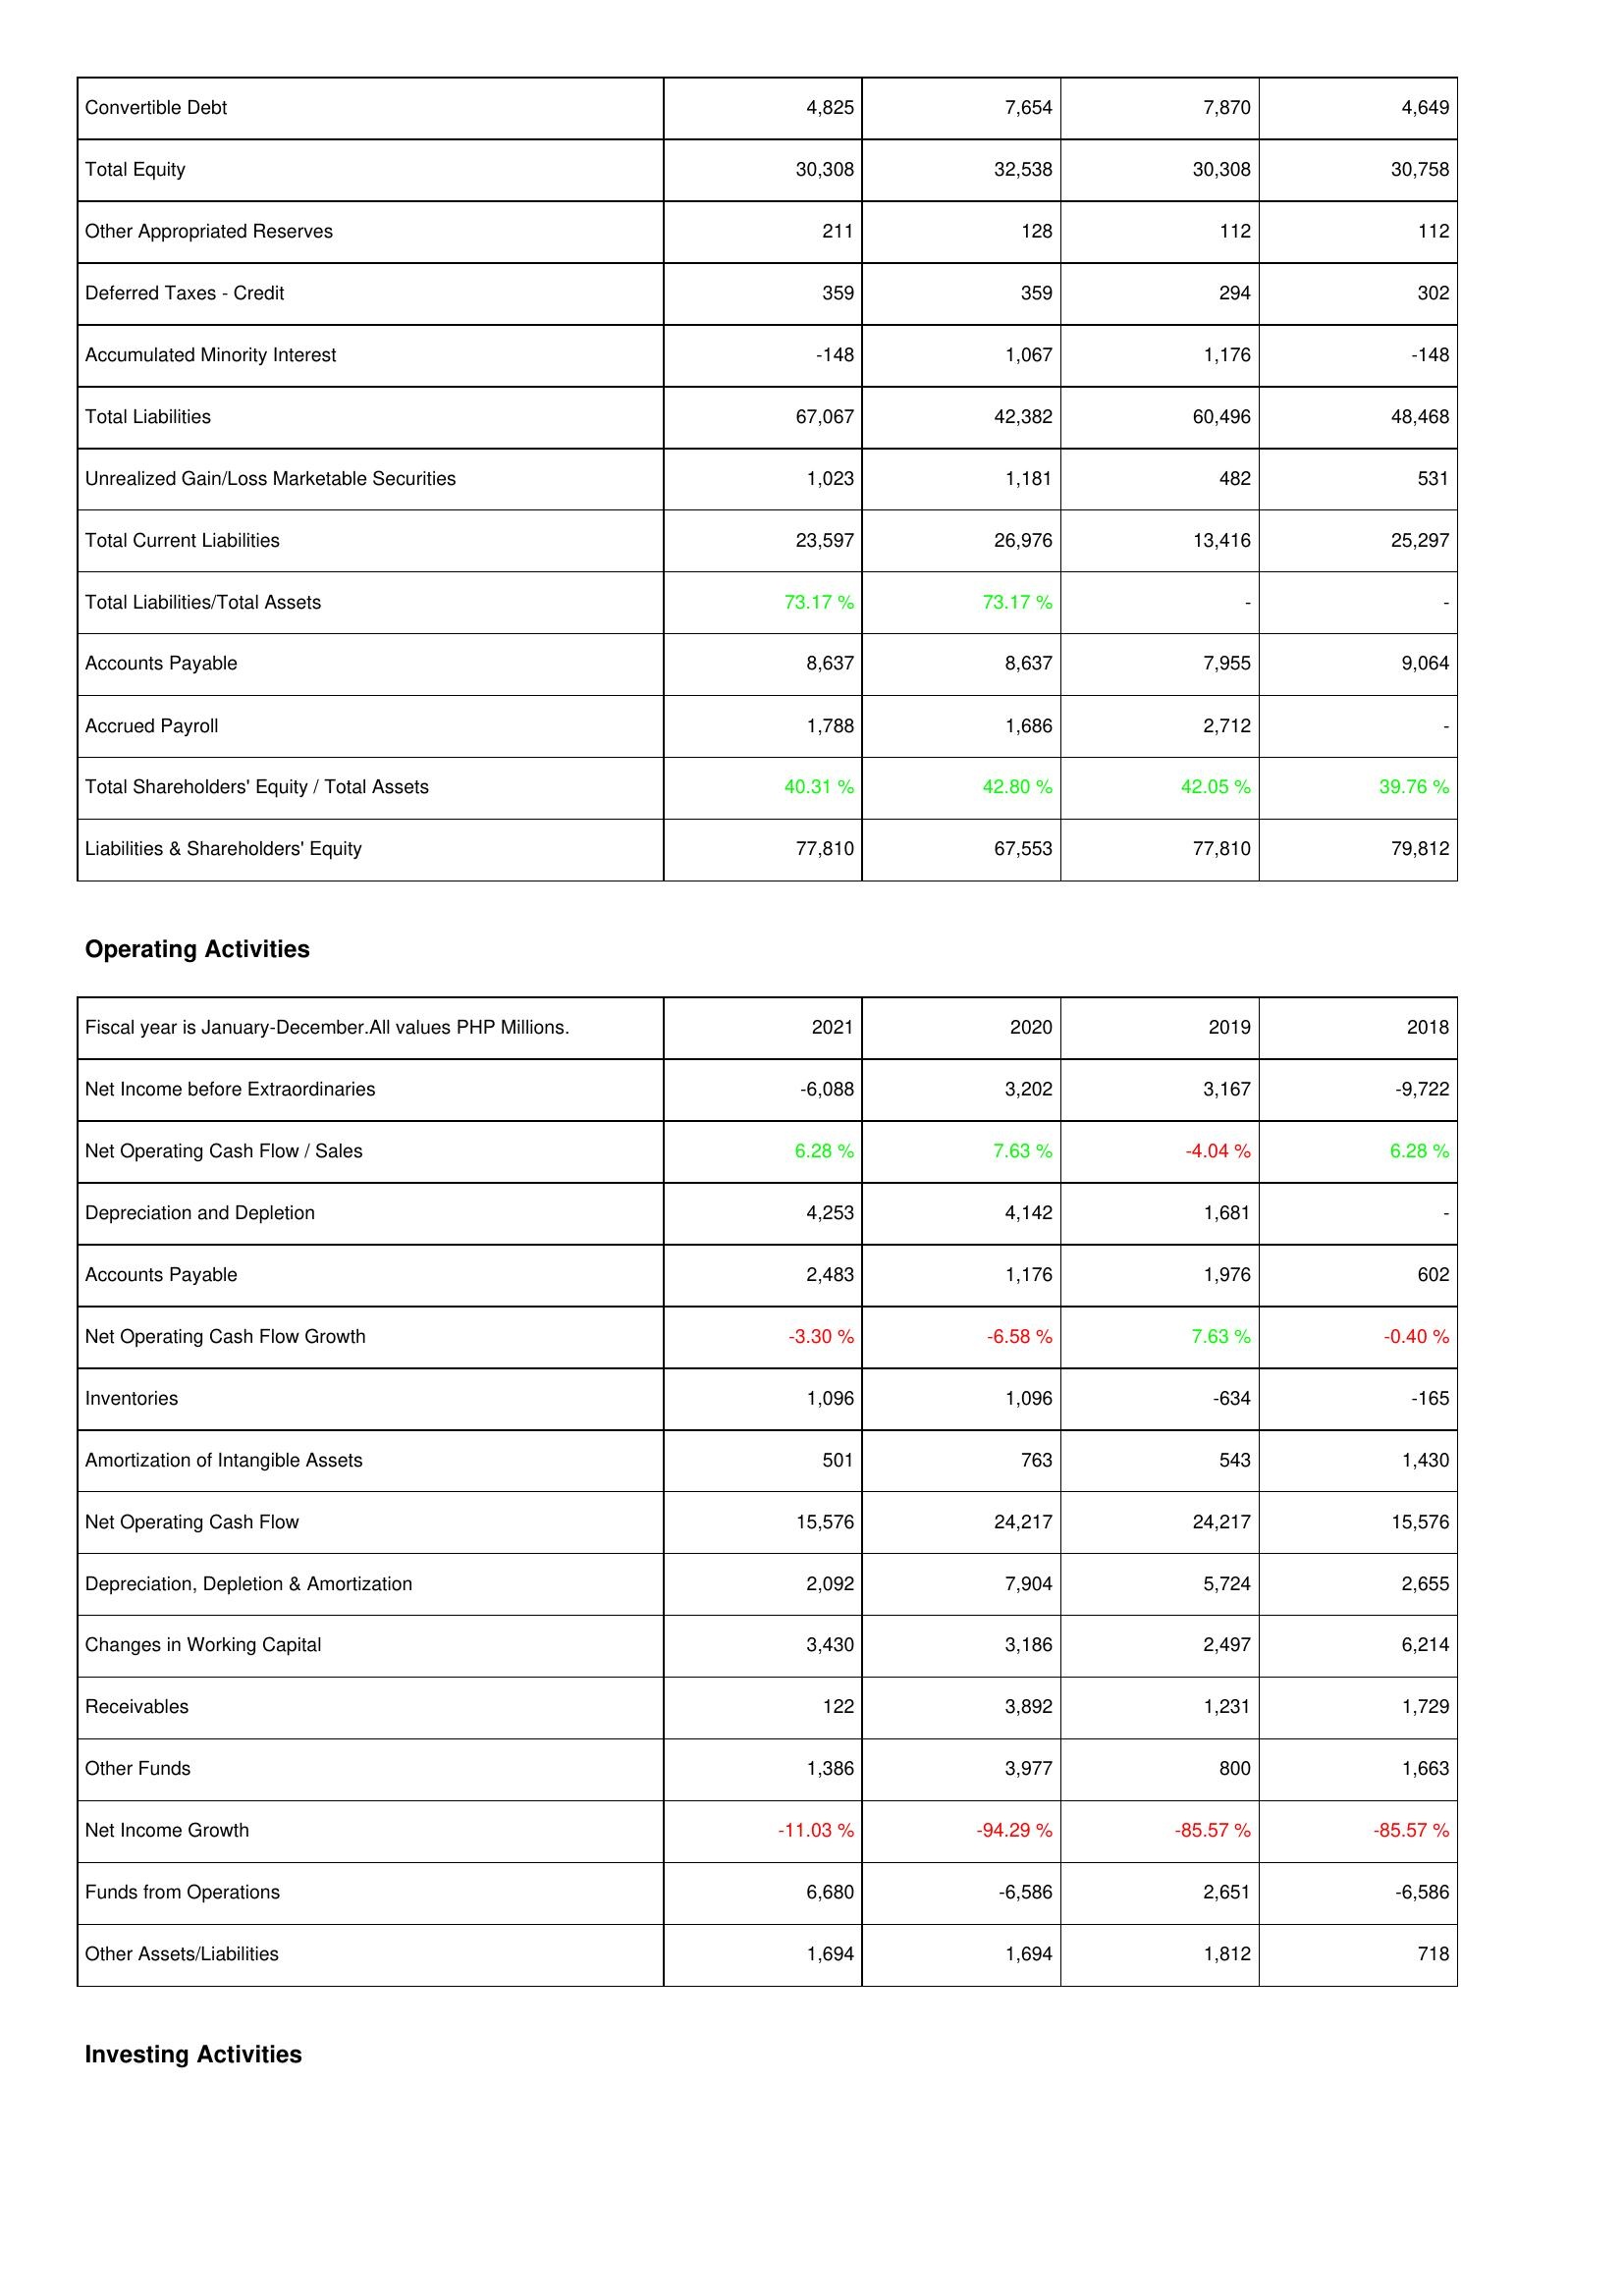
2021: Liabilities & Shareholders' Equity: Convertible Debt: 4,825
Total Equity: 30,308
Other Appropriated Reserves: 211
Deferred Taxes - Credit: 359
Accumulated Minority Interest: -148
Total Liabilities: 67,067
Unrealized Gain/Loss Marketable Securities: 1,023
Total Current Liabilities: 23,597
Total Liabilities/Total Assets: 73.17 %
Accounts Payable: 8,637
Accrued Payroll: 1,788
Total Shareholders' Equity / Total Assets: 40.31 %
Liabilities & Shareholders' Equity: 77,810
Operating Activities: Net Income before Extraordinaries: -6,088
Net Operating Cash Flow / Sales: 6.28 %
Depreciation and Depletion: 4,253
Accounts Payable: 2,483
Net Operating Cash Flow Growth: -3.30 %
Inventories: 1,096
Amortization of Intangible Assets: 501
Net Operating Cash Flow: 15,576
Depreciation, Depletion & Amortization: 2,092
Changes in Working Capital: 3,430
Receivables: 122
Other Funds: 1,386
Net Income Growth: -11.03 %
Funds from Operations: 6,680
Other Assets/Liabilities: 1,694
2020: Liabilities & Shareholders' Equity: Convertible Debt: 7,654
Total Equity: 32,538
Other Appropriated Reserves: 128
Deferred Taxes - Credit: 359
Accumulated Minority Interest: 1,067
Total Liabilities: 42,382
Unrealized Gain/Loss Marketable Securities: 1,181
Total Current Liabilities: 26,976
Total Liabilities/Total Assets: 73.17 %
Accounts Payable: 8,637
Accrued Payroll: 1,686
Total Shareholders' Equity / Total Assets: 42.80 %
Liabilities & Shareholders' Equity: 67,553
Operating Activities: Net Income before Extraordinaries: 3,202
Net Operating Cash Flow / Sales: 7.63 %
Depreciation and Depletion: 4,142
Accounts Payable: 1,176
Net Operating Cash Flow Growth: -6.58 %
Inventories: 1,096
Amortization of Intangible Assets: 763
Net Operating Cash Flow: 24,217
Depreciation, Depletion & Amortization: 7,904
Changes in Working Capital: 3,186
Receivables: 3,892
Other Funds: 3,977
Net Income Growth: -94.29 %
Funds from Operations: -6,586
Other Assets/Liabilities: 1,694
2019: Liabilities & Shareholders' Equity: Convertible Debt: 7,870
Total Equity: 30,308
Other Appropriated Reserves: 112
Deferred Taxes - Credit: 294
Accumulated Minority Interest: 1,176
Total Liabilities: 60,496
Unrealized Gain/Loss Marketable Securities: 482
Total Current Liabilities: 13,416
Total Liabilities/Total Assets: -
Accounts Payable: 7,955
Accrued Payroll: 2,712
Total Shareholders' Equity / Total Assets: 42.05 %
Liabilities & Shareholders' Equity: 77,810
Operating Activities: Net Income before Extraordinaries: 3,167
Net Operating Cash Flow / Sales: -4.04 %
Depreciation and Depletion: 1,681
Accounts Payable: 1,976
Net Operating Cash Flow Growth: 7.63 %
Inventories: -634
Amortization of Intangible Assets: 543
Net Operating Cash Flow: 24,217
Depreciation, Depletion & Amortization: 5,724
Changes in Working Capital: 2,497
Receivables: 1,231
Other Funds: 800
Net Income Growth: -85.57 %
Funds from Operations: 2,651
Other Assets/Liabilities: 1,812
2018: Liabilities & Shareholders' Equity: Convertible Debt: 4,649
Total Equity: 30,758
Other Appropriated Reserves: 112
Deferred Taxes - Credit: 302
Accumulated Minority Interest: -148
Total Liabilities: 48,468
Unrealized Gain/Loss Marketable Securities: 531
Total Current Liabilities: 25,297
Total Liabilities/Total Assets: -
Accounts Payable: 9,064
Accrued Payroll: -
Total Shareholders' Equity / Total Assets: 39.76 %
Liabilities & Shareholders' Equity: 79,812
Operating Activities: Net Income before Extraordinaries: -9,722
Net Operating Cash Flow / Sales: 6.28 %
Depreciation and Depletion: -
Accounts Payable: 602
Net Operating Cash Flow Growth: -0.40 %
Inventories: -165
Amortization of Intangible Assets: 1,430
Net Operating Cash Flow: 15,576
Depreciation, Depletion & Amortization: 2,655
Changes in Working Capital: 6,214
Receivables: 1,729
Other Funds: 1,663
Net Income Growth: -85.57 %
Funds from Operations: -6,586
Other Assets/Liabilities: 718